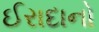
ઈરાદાનો